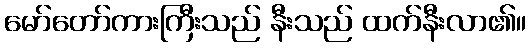
မော်တော်ကားကြီးသည် နီးသည် ထက်နီးလာ၏။